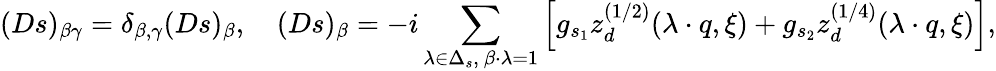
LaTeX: (Ds)_{\beta\gamma}=\delta_{\beta,\gamma}(Ds)_{\beta},\quad(Ds)_{\beta}=-i\sum_{\lambda\in\Delta_{s},\ \beta\cdot\lambda=1}\left[g_{s_{1}}z_{d}^{(1/2)}(\lambda\cdot q,\xi)+g_{s_{2}}z_{d}^{(1/4)}(\lambda\cdot q,\xi)\right],